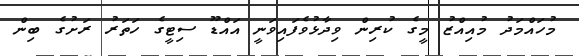
މުހައްމަދު މުއިއްޒު މީގެ ކުރިން ވިދާޅުވެފައިވަނީ އައްޑޫ ސިޓީގެ ހަތަރު ރަށުގެ ބިން